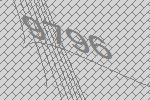
9796